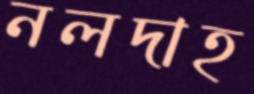
নলদাহ